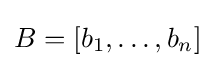
{\textstyle B=[b_{1},\ldots ,b_{n}]}